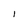
Character: 1